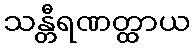
သန္တီရဏတ္ထာယ